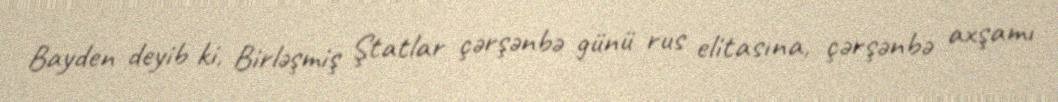
Bayden deyib ki, Birləşmiş Ştatlar çərşənbə günü rus elitasına, çərşənbə axşamı